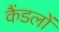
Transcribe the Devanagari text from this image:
कैंडलों